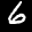
Label: 6